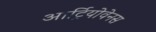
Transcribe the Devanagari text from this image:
आर्ट्रियोवेनस